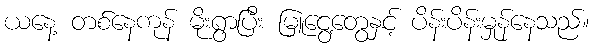
ယနေ့ တစ်နေကုန် မိုးရွာပြီး မြူငွေ့တွေနှင့် ပိန်းပိန်းမှုန်နေသည်။